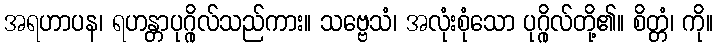
အရဟာပန၊ ရဟန္တာပုဂ္ဂိုလ်သည်ကား။ သဗ္ဗေသံ၊ အလုံးစုံသော ပုဂ္ဂိုလ်တို့၏။ စိတ္တံ၊ ကို။